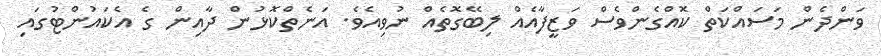
ވަންދެން މަސައްކަތް ކޮއްގެންވެސް ވަޒީފާއެއް ލިބޭގޮތެއް ނުވިއެވެ. އަނެތްކޮޅުން ދާއިން ގެ އެކައުންޓުގައި